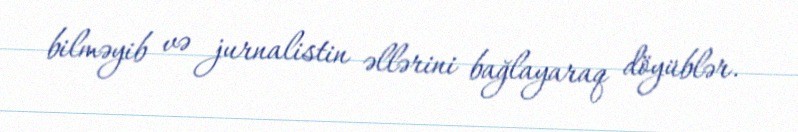
bilməyib və jurnalistin əllərini bağlayaraq döyüblər.